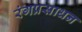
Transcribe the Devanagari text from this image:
रंगप्रसाधन